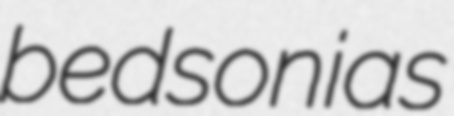
bedsonias